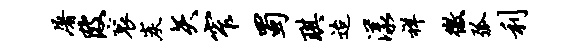
屠陂衮炭矢窄蜀琪迨漾祥徼弧利